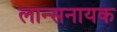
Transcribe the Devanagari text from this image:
लान्सनायक